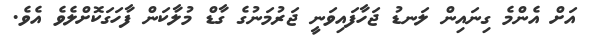
އަށް އެންމެ ގިނައިން ލަނޑު ޖަހާފައިވަނީ ޖަރުމަނުގެ ގާޑް މުލާކަން ފާހަގަކޮށްލެވެ އެވެ.